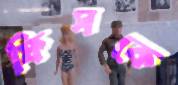
ফিসকে